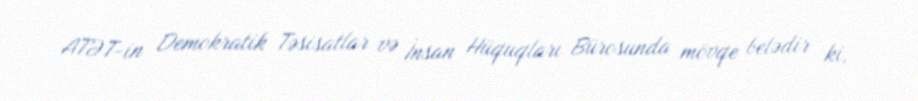
ATƏT-in Demokratik Təsisatlar və İnsan Hüquqları Bürosunda mövqe belədir ki,